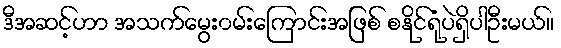
ဒီအဆင့်ဟာ အသက်မွေး၀မ်းကြောင်းအဖြစ် စနိုင်ရုံပဲရှိပါဦးမယ်။